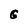
Character: G